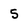
Character: 5